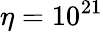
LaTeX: \eta=10^{21}